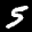
Label: 5